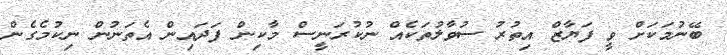
ބޭނުމަކަށް ވީ ފަޔާޒް އިތުރު ސުވާލުތަކެއް ނުކުރަނީސް މާކިން ފަދައިން އެތަނުން ނިކުމެގެން